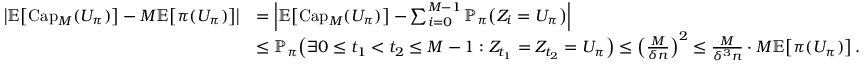
\begin{array} { r l } { \left| \mathbb { E } \! \left[ \mathrm { C a p } _ { M } ( U _ { \pi } ) \right] - M \mathbb { E } \! \left[ \pi ( U _ { \pi } ) \right] \right| } & { = \left| \mathbb { E } \! \left[ \mathrm { C a p } _ { M } ( U _ { \pi } ) \right] - \sum _ { i = 0 } ^ { M - 1 } \mathbb { P } _ { \pi } \! \left( Z _ { i } = U _ { \pi } \right) \right| } \\ & { \leq \mathbb { P } _ { \pi } \! \left( \exists 0 \leq t _ { 1 } < t _ { 2 } \leq M - 1 : Z _ { t _ { 1 } } = Z _ { t _ { 2 } } = U _ { \pi } \right) \leq \left( \frac { M } { \delta n } \right) ^ { 2 } \leq \frac { M } { \delta ^ { 3 } n } \cdot M \mathbb { E } \! \left[ \pi ( U _ { \pi } ) \right] . } \end{array}